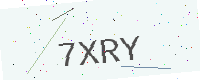
Text: 7XRY